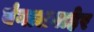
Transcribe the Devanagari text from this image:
बंगालबाहेर